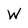
Character: W